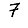
Digit: 7